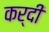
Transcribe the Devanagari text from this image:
कर्दी